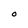
Character: O